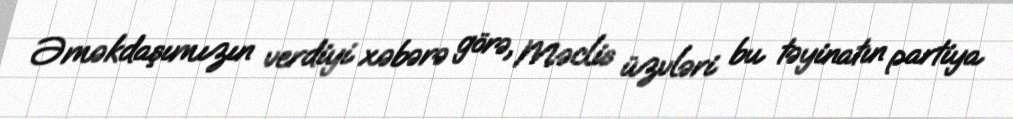
Əməkdaşımızın verdiyi xəbərə görə, Məclis üzvləri bu təyinatın partiya